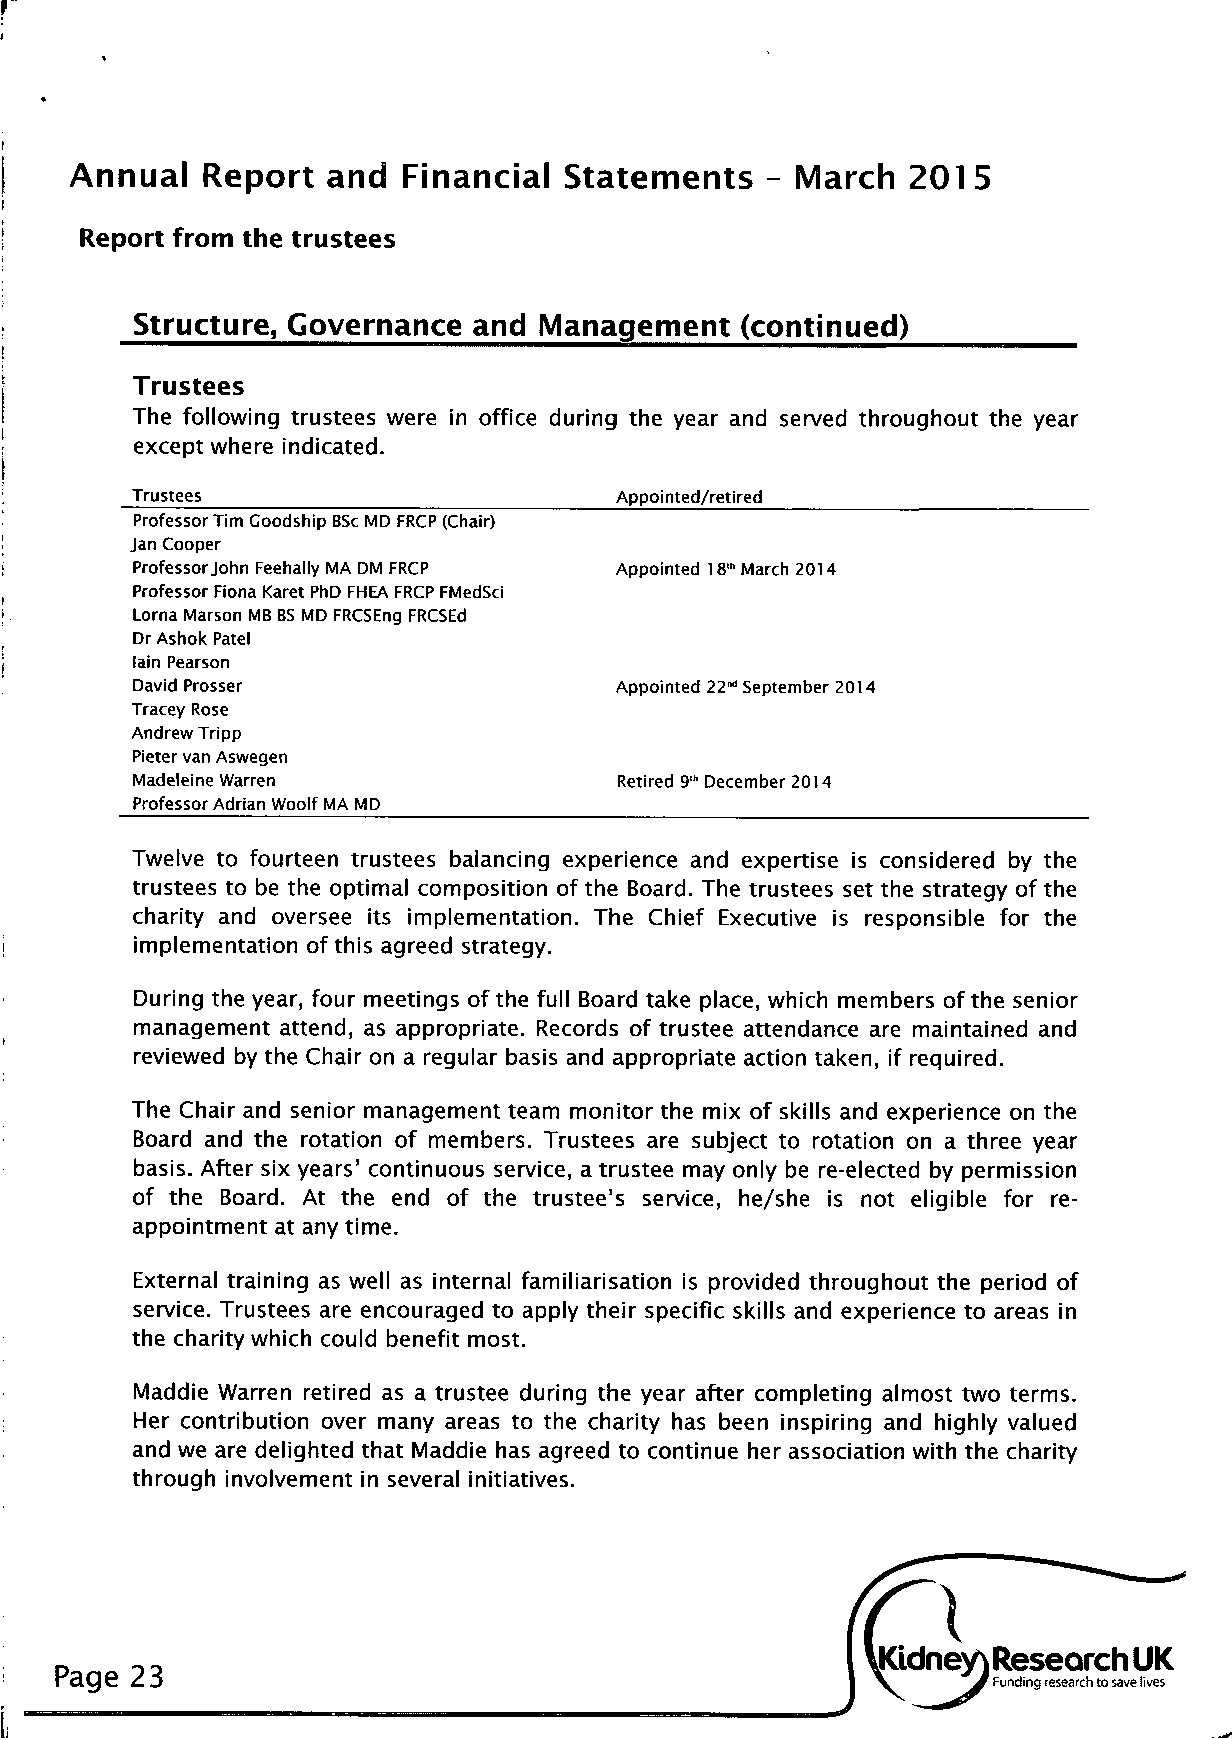
Annual  Report  and  Financial  Statements   - March  201  5
 Report from the trustees
 Structure, Governance and  Management   (continued)
 Trustees
 The following trustees were in office during the year and served throughout the year
 except where indicated.
 Trustees                        Appointed/retired
 Professor Tim Coodship BSc MD FRCP (Chair)
 Jan Cooper
 Professor John Feehally MA DM FRCP Appointed 18,h March 2014
 Professor Fiona Karet PhD FHEA FRCP FMedSci
 Lorna Marson MB BS MD FRCSEng FRCSEd
 Dr Ashok Patel
 lain Pearson
 David Prosser                   Appointed 22M September 2014
 Tracey Rose
 Andrew Tripp
 Pieter van Aswegen
 Madeleine Warren                Retired 9,h December 2014
 Professor Adrian Woolf MA MD
 Twelve to fourteen trustees balancing experience and expertise is considered by the
 trustees to be the optimal composition of the Board. The trustees set the strategy of the
 charity and oversee its implementation. The Chief Executive is responsible for the
 implementation of this agreed strategy.
 During the year, four meetings of the full Board take place, which members of the senior
 management attend, as appropriate. Records of trustee attendance are maintained and
 reviewed by the Chair on a regular basis and appropriate action taken, if required.
 The Chair and senior management team monitor the mix of skills and experience on the
 Board and the rotation of members. Trustees are subject to rotation on a three year
 basis. After six years' continuous service, a trustee may only be re-elected by permission
 of the Board. At the end of the trustee's service, he/she is not eligible for re
 appointment at any time.
 External training as well as internal familiarisation is provided throughout the period of
 service. Trustees are encouraged to apply their specific skills and experience to areas in
 the charity which could benefit most.
 Maddie Warren retired as a trustee during the year after completing almost two terms.
 Her contribution over many areas to the charity has been inspiring and highly valued
 and we are delighted that Maddie has agreed to continue her association with the charity
 through involvement in several initiatives.